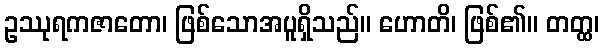
ဥဿုရကဇာတော၊ ဖြစ်သောအပူရှိသည်။ ဟောတိ၊ ဖြစ်၏။ တတ္ထ၊